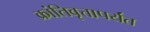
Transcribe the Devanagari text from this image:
क्रांतिवृत्तापर्यंत